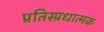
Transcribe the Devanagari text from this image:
प्रतिस्प्रधात्मक